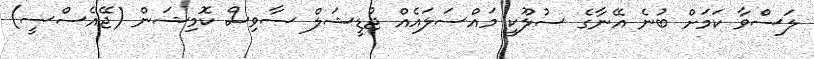
ލަސްވާ ކަމަށް ބުނެ އޭނާގެ ސުލޫކީ މައްސަލައެއް ޖުޑީޝަލް ސާވިސް ކޮމިޝަން (ޖޭއެސްސީ)